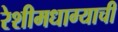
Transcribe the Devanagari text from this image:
रेशीमधाग्याची